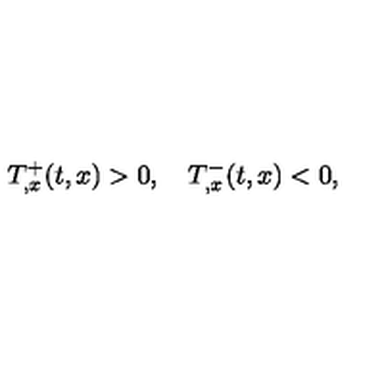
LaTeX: T _ { , x } ^ { + } ( t , x ) > 0 , \quad T _ { , x } ^ { - } ( t , x ) < 0 ,